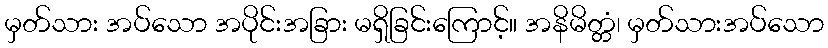
မှတ်သား အပ်သော အပိုင်းအခြား မရှိခြင်းကြောင့်။ အနိမိတ္တံ၊ မှတ်သားအပ်သော